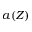
a ( Z )